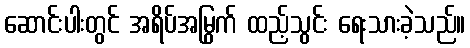
ဆောင်းပါးတွင် အရိပ်အမြွက် ထည့်သွင်း ရေးသားခဲ့သည်။